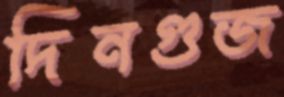
দিনগুজ